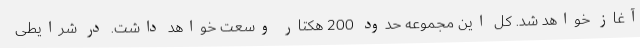
آغاز خواهد شد. کل این مجموعه حدود 200 هکتار وسعت خواهد داشت. در شرایطی